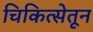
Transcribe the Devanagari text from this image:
चिकित्सेतून